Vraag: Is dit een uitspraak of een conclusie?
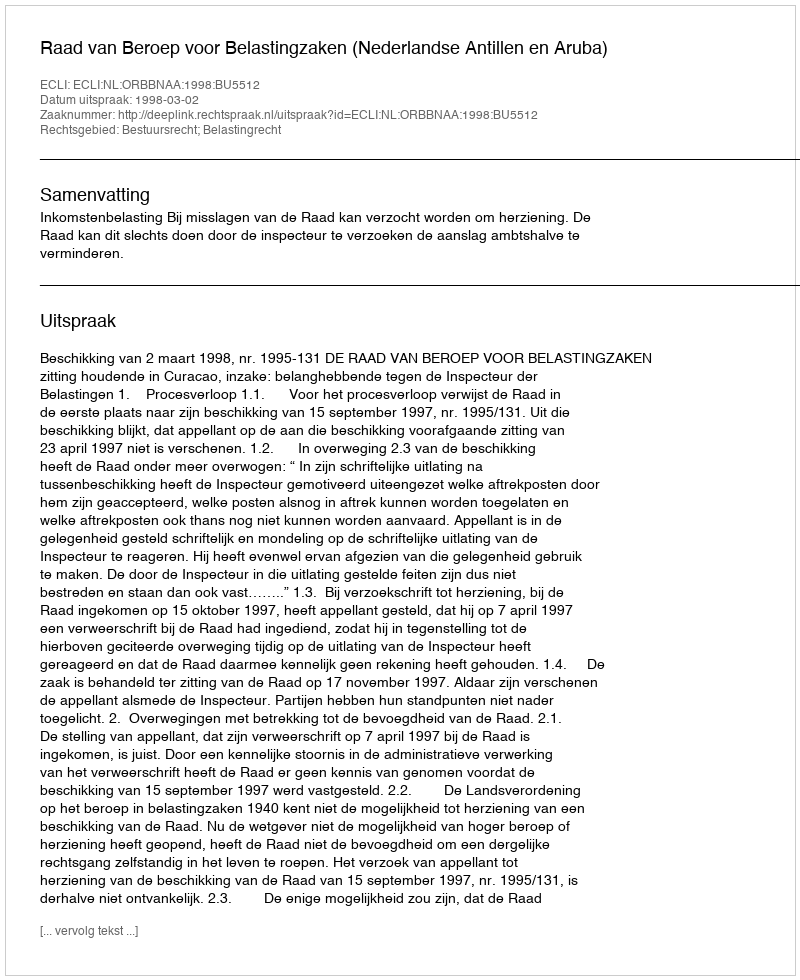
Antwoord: Uitspraak